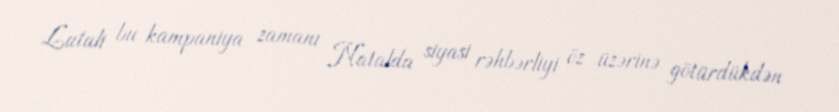
Lutuli bu kampaniya zamanı Natalda siyasi rəhbərliyi öz üzərinə götürdükdən